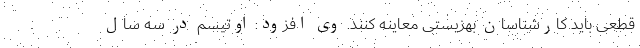
قطعی باید کارشناسان بهزیستی معاینه کنند. وی افزود: اوتیسم در سه سال